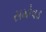
સમોવડ